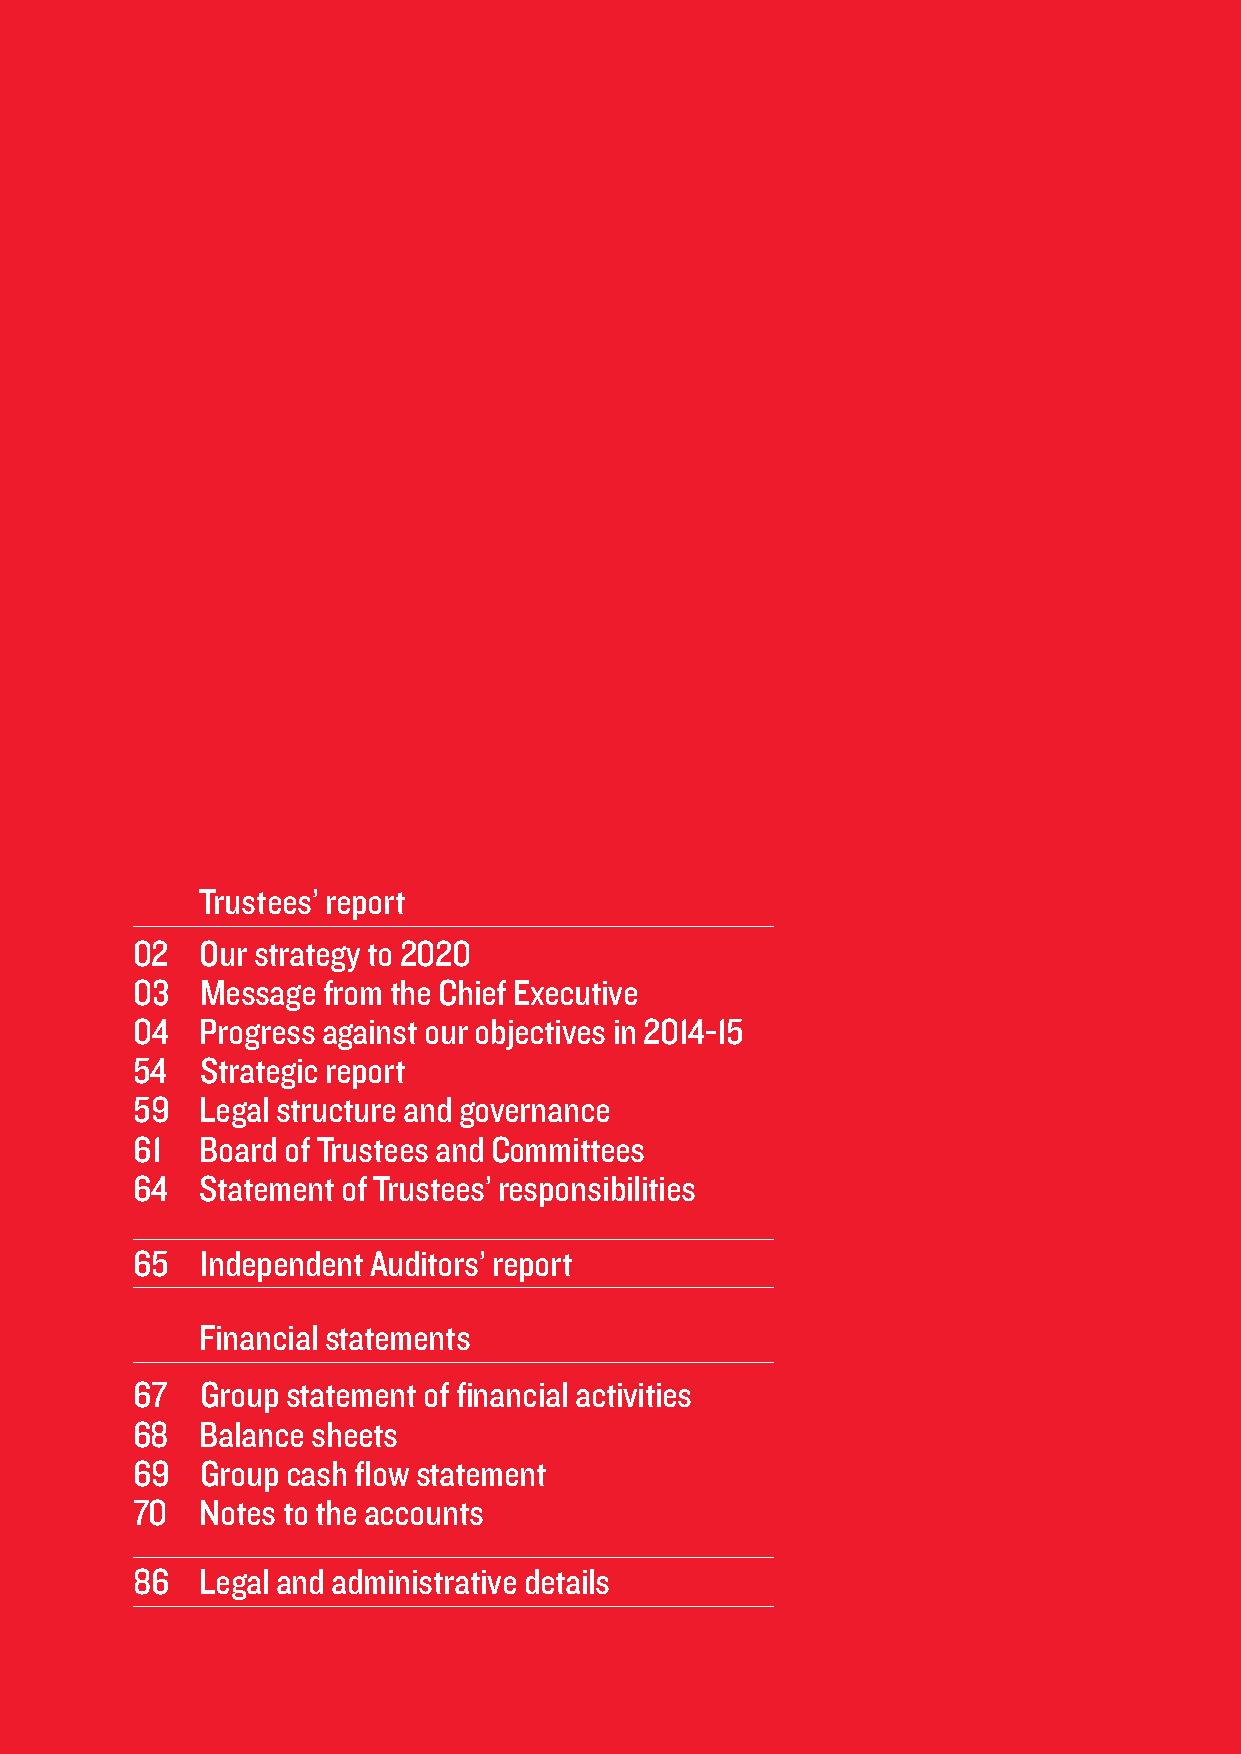
Trustees’ report
 02  Our strategy to 2020
 03  Message from the Chief Executive
 04  Progress against our objectives in 2014-15
 54  Strategic report
 59  Legal structure and governance
 61  Board of Trustees and Committees
 64  Statement of Trustees’ responsibilities
 65  Independent Auditors’ report
 Financial statements
 67  Group statement of financial activities
 68  Balance sheets
 69  Group cash flow statement
 70  Notes to the accounts
 86  Legal and administrative details